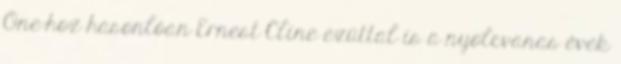
One-hoz hasonlóan Ernest Cline ezúttal is a nyolcvanas évek